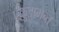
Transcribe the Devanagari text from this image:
एक़ुइप्मेन्त